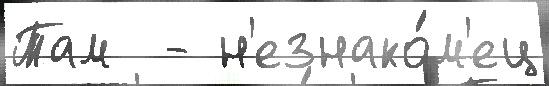
Там  - н'езнако́м'ец